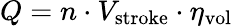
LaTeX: Q=n\cdot V_{\mathrm{stroke}}\cdot\eta_{\mathrm{vol}}